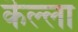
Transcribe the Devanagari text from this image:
कॆल्ला